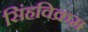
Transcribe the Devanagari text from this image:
सिंहविक्रम